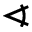
\sphericalangle